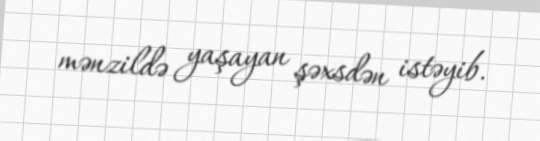
mənzildə yaşayan şəxsdən istəyib.